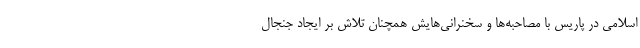
اسلامی در پاریس با مصاحبه‌ها و سخنرانی‌هایش همچنان تلاش بر ایجاد جنجال